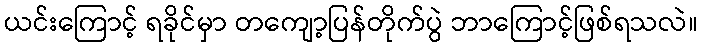
ယင်းကြောင့် ရခိုင်မှာ တကျော့ပြန်တိုက်ပွဲ ဘာကြောင့်ဖြစ်ရသလဲ။